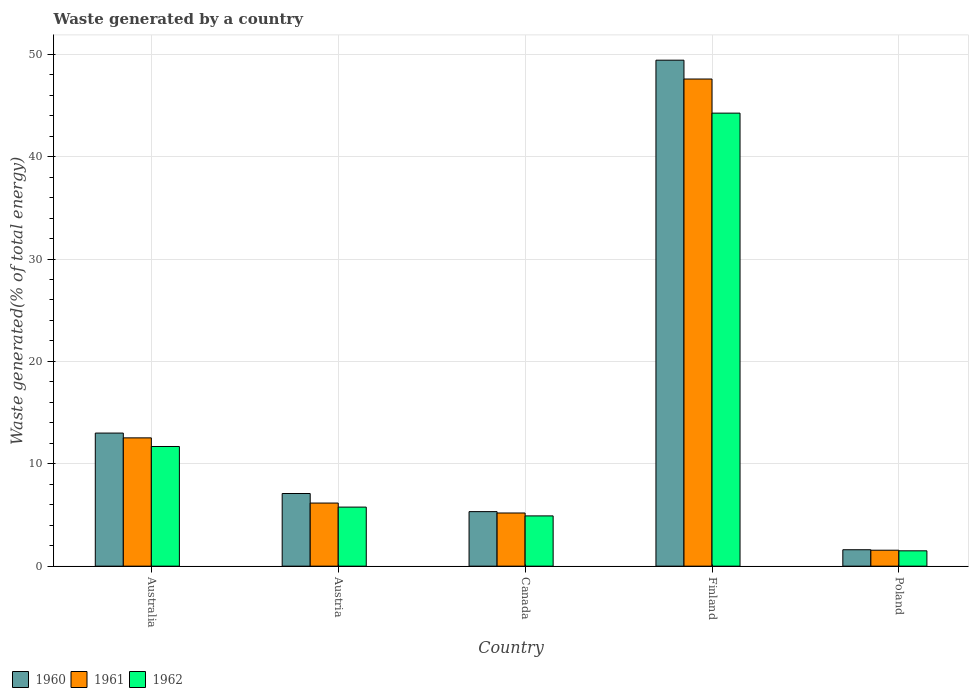
| Country | 1960 | 1961 | 1962 |
 | --- | --- | --- | --- |
 | Australia | 13 | 12.5 | 11.7 |
 | Austria | 7.1 | 6.16 | 5.77 |
 | Canada | 5.33 | 5.19 | 4.91 |
 | Finland | 49.4 | 47.6 | 44.3 |
 | Poland | 1.6 | 1.56 | 1.5 |